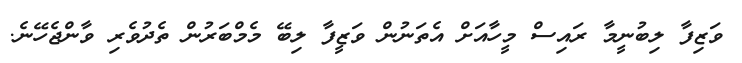
ވަޒިފާ ލިބުނީމާ ރައިސް މީހާއަށް އެތަނުން ވަޒީފާ ލިބޭ މެމްބަރުން ތެދުވެރި ވާންޖެހޭނެ.